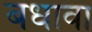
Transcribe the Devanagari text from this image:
बधावा